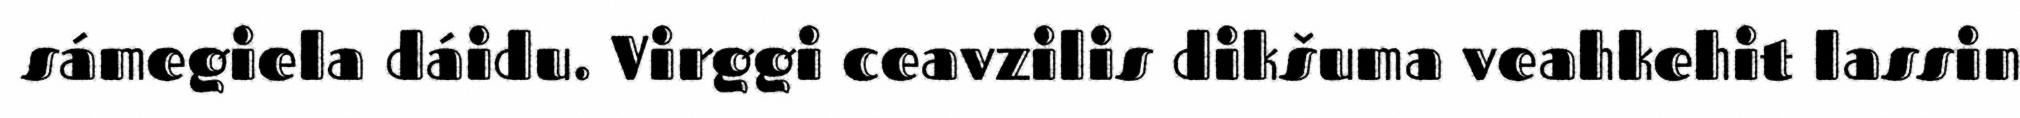
sámegiela dáidu. Virggi ceavzilis dikšuma veahkehit lassin